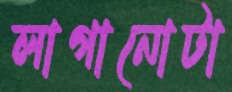
লাগানোটা